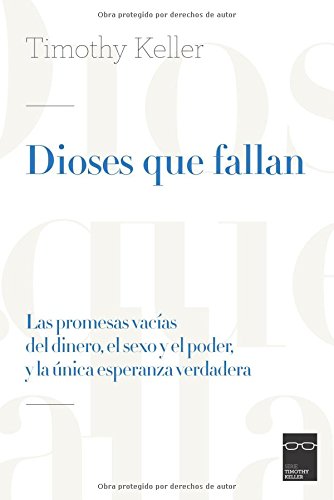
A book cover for Dioses que fallan: Las promesas vacÃ­as del dinero, el sexo y el poder, y la Ãºnica esperanza verdadera (Spanish Edition); Timothy Keller; Christian Books & Bibles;